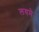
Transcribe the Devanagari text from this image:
लयमे